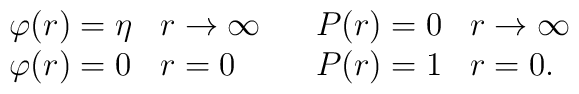
\begin{array}{ll}\begin{array}{ll}\varphi(r) = \eta & r \rightarrow\infty \\\varphi(r) =0 & r = 0 \end{array}&\begin{array}{ll}P(r) =0 & r \rightarrow \infty \\P(r) =1 & r= 0.  \end{array}\end{array}